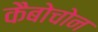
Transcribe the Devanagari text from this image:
कैबोचोन